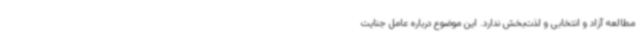
مطالعه آزاد و انتخابی و لذت‌بخش ندارد. این موضوع درباره عامل جنایت